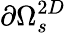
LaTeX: \partial\Omega_{s}^{2D}